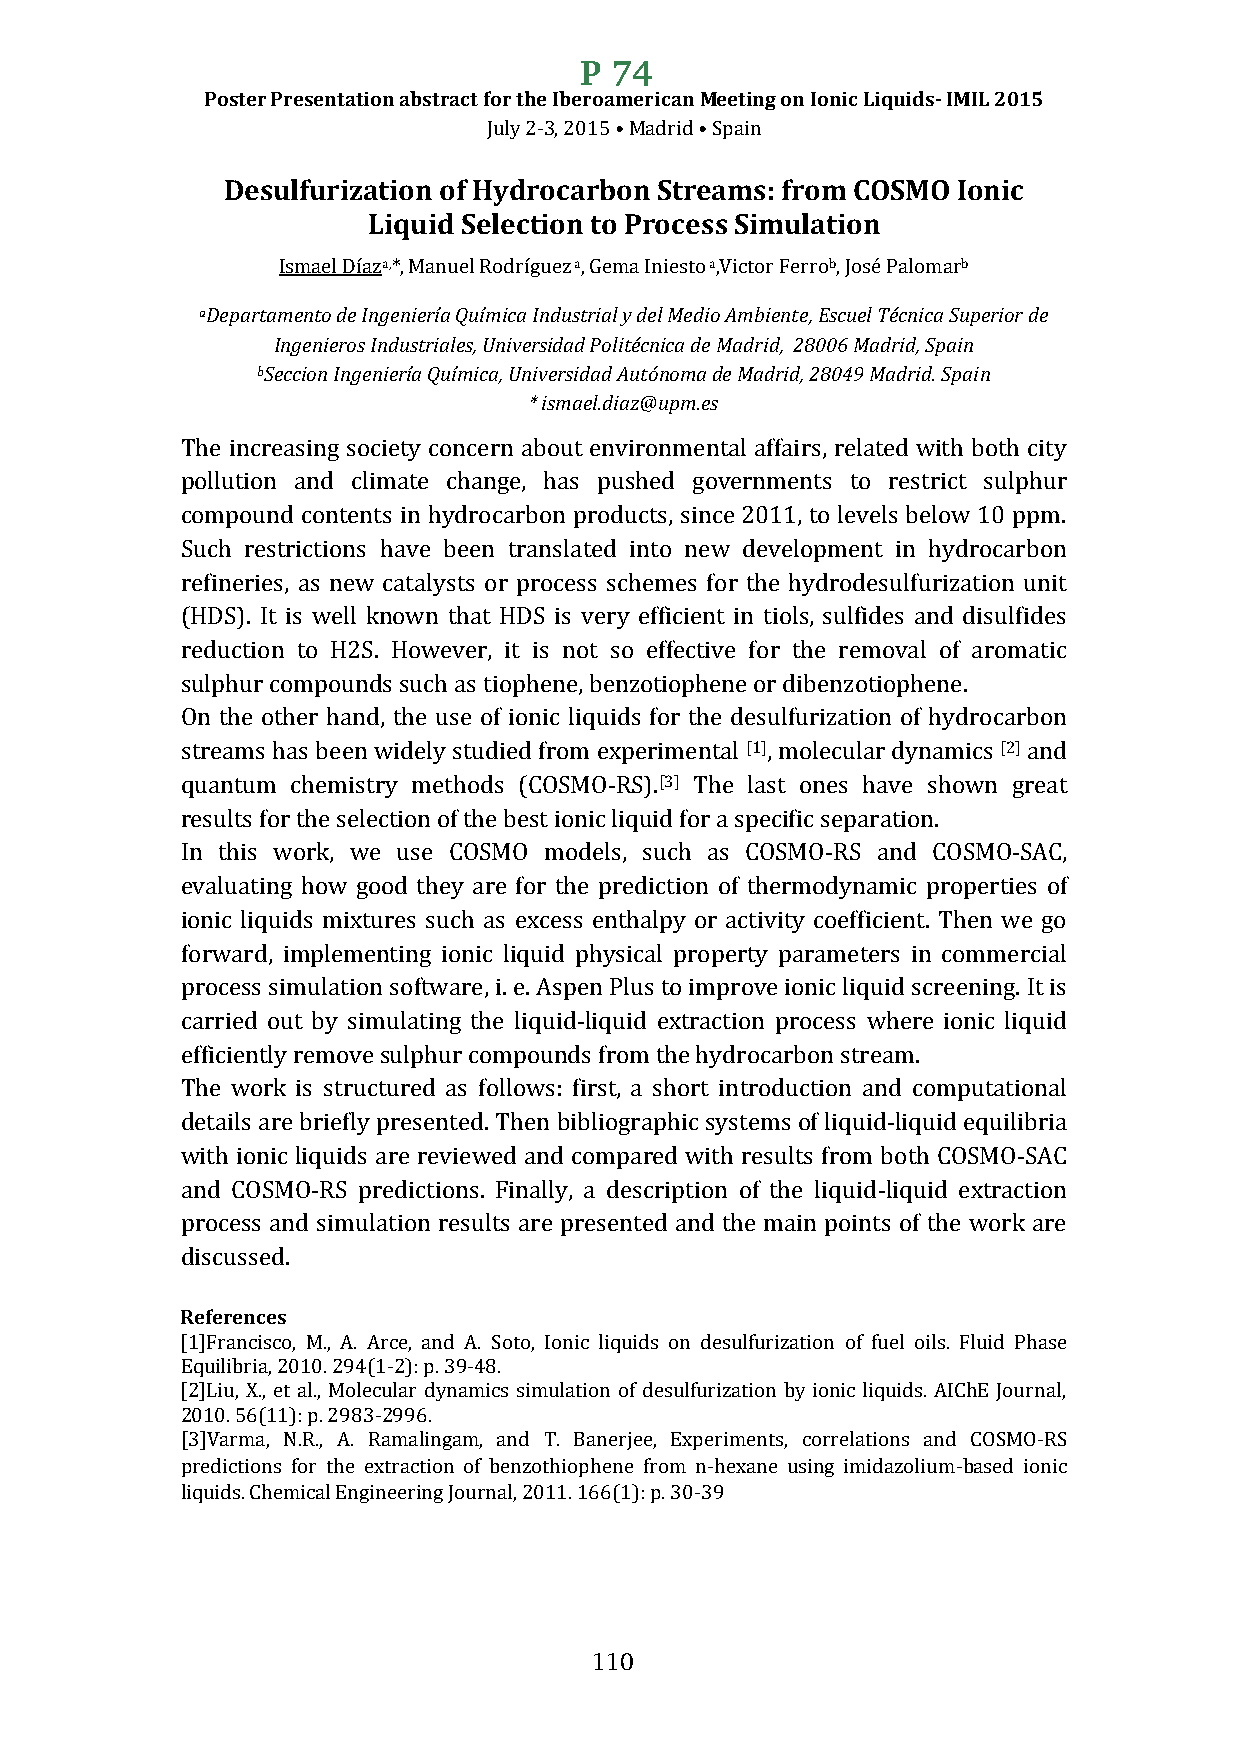
P 74
 Poster Presentation abstract for the Iberoamerican Meeting on Ionic Liquids- IMIL 2015
 July 2-3, 2015 • Madrid • Spain
 Desulfurization of Hydrocarbon Streams: from COSMO Ionic
 Liquid Selection to Process Simulation
 Ismael Díaza,*, Manuel Rodríguez a, Gema Iniesto a,Victor Ferrob, José Palomarb
 aDepartamento de Ingeniería Química Industrial y del Medio Ambiente, Escuel Técnica Superior de
 Ingenieros Industriales, Universidad Politécnica de Madrid, 28006 Madrid, Spain
 bSeccion Ingeniería Química, Universidad Autónoma de Madrid, 28049 Madrid. Spain
 * ismael.diaz@upm.es
 The increasing society concern about environmental affairs, related with both city
 pollution and climate change, has pushed governments to restrict sulphur
 compound contents in hydrocarbon products, since 2011, to levels below 10 ppm.
 Such restrictions have been translated into new development in hydrocarbon
 refineries, as new catalysts or process schemes for the hydrodesulfurization unit
 (HDS). It is well known that HDS is very efficient in tiols, sulfides and disulfides
 reduction to H2S. However, it is not so effective for the removal of aromatic
 sulphur compounds such as tiophene, benzotiophene or dibenzotiophene.
 On the other hand, the use of ionic liquids for the desulfurization of hydrocarbon
 streams has been widely studied from experimental [1], molecular dynamics [2] and
 quantum chemistry methods (COSMO-RS).[3] The last ones have shown great
 results for the selection of the best ionic liquid for a specific separation.
 In this work, we use COSMO models, such as COSMO-RS and COSMO-SAC,
 evaluating how good they are for the prediction of thermodynamic properties of
 ionic liquids mixtures such as excess enthalpy or activity coefficient. Then we go
 forward, implementing ionic liquid physical property parameters in commercial
 process simulation software, i. e. Aspen Plus to improve ionic liquid screening. It is
 carried out by simulating the liquid-liquid extraction process where ionic liquid
 efficiently remove sulphur compounds from the hydrocarbon stream.
 The work is structured as follows: first, a short introduction and computational
 details are briefly presented. Then bibliographic systems of liquid-liquid equilibria
 with ionic liquids are reviewed and compared with results from both COSMO-SAC
 and COSMO-RS predictions. Finally, a description of the liquid-liquid extraction
 process and simulation results are presented and the main points of the work are
 discussed.
 References
 [1]Francisco, M., A. Arce, and A. Soto, Ionic liquids on desulfurization of fuel oils. Fluid Phase
 Equilibria, 2010. 294(1-2): p. 39-48.
 [2]Liu, X., et al., Molecular dynamics simulation of desulfurization by ionic liquids. AIChE Journal,
 2010. 56(11): p. 2983-2996.
 [3]Varma, N.R., A. Ramalingam, and T. Banerjee, Experiments, correlations and COSMO-RS
 predictions for the extraction of benzothiophene from n-hexane using imidazolium-based ionic
 liquids. Chemical Engineering Journal, 2011. 166(1): p. 30-39
 110